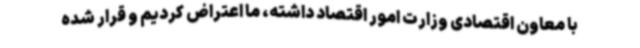
با معاون اقتصادی وزارت امور اقتصاد داشته، ما اعتراض کردیم و قرار شده